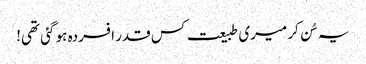
یہ سُن کر میری طبیعت کس قدر افسردہ ہو گئی تھی!